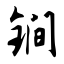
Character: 锏